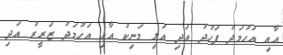
އާއި އަހުމަދު ފަހުދު އަދި އަލި މަނިކު އާއި އަހުމަދު ޒަރީރު އަދި